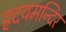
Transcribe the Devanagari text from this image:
ह्रदयमन्दिर